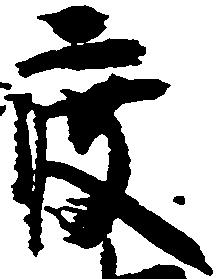
渡